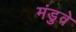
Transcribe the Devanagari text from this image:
मंडुवे